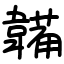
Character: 韛